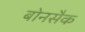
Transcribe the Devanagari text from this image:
बोनसैक